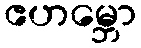
ဧဟမ္ဘော